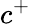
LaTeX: c^{+}